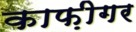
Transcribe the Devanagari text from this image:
काफ़ीगर